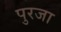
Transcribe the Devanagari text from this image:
पुरजा